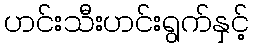
ဟင်းသီးဟင်းရွက်နှင့်